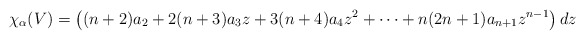
\begin{align*}\chi_{\alpha}(V) = \left((n+2)a_2 + 2(n+3)a_3z + 3(n+4)a_4z^2 + \cdots + n(2n+1)a_{n+1}z^{n-1}\right)dz\end{align*}